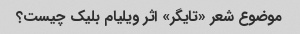
موضوع شعر «تایگر» اثر ویلیام بلیک چیست؟